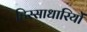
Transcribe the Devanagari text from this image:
हिस्साधारियों